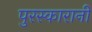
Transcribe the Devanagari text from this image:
पुरस्कारानी